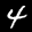
Label: 4